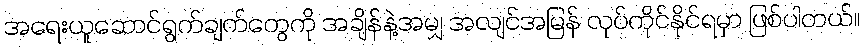
အရေးယူဆောင်ရွက်ချက်တွေကို အချိန်နဲ့အမျှ အလျင်အမြန် လုပ်ကိုင်နိုင်ရမှာ ဖြစ်ပါတယ်။